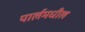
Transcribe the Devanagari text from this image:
पार्लमधील